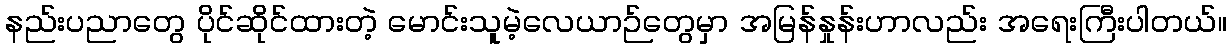
နည်းပညာတွေ ပိုင်ဆိုင်ထားတဲ့ မောင်းသူမဲ့လေယာဉ်တွေမှာ အမြန်နှုန်းဟာလည်း အရေးကြီးပါတယ်။